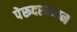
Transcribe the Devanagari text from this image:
पेरूदरम्यान